Materia medica of Madras volume I
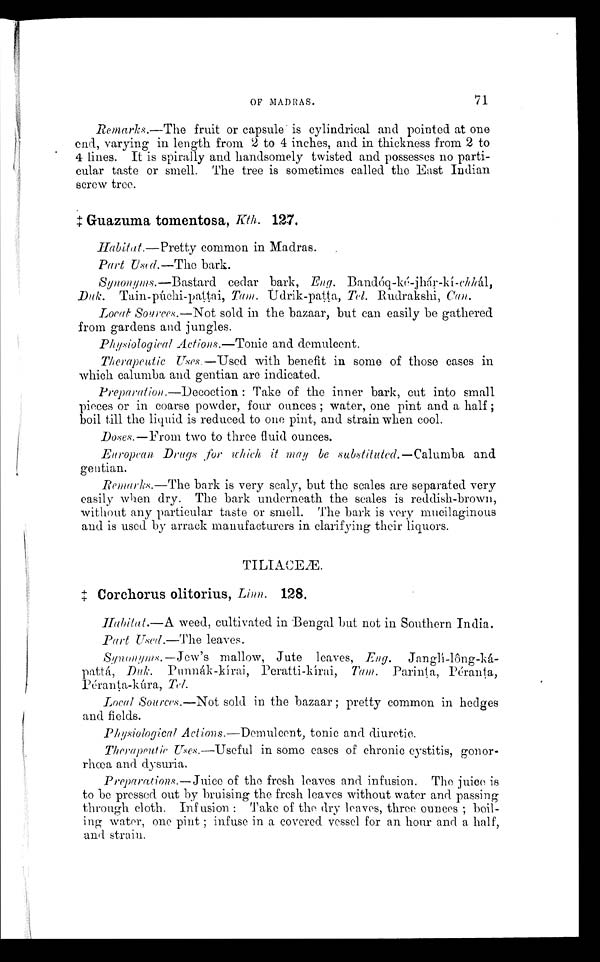
OF MADRAS.
71
Remarks.—The fruit or capsule is cylindrical and pointed at one
end, varying in length from 2 to 4 inches, and. in thickness from 2 to
4 lines. It is spirally and handsomely twisted and possesses no parti-
cular taste or smell. The tree is sometimes called the East Indian
screw tree.
‡Guazuma toinentosa, Kth. 12.7,
Habitat.—Pretty common in Madras.
Part Used.—The bark.
Synonyms.—Bastard cedar bark, Eng. Bandóq-ké-jhár-kí-chhál,
Duk. Tain-púchi-pattai, Tam. Udrik-patta, Rudrakshi, Can.
Local. Sources.—Not sold in the bazaar, but can easily be gathered
from gardens and jungles.
Phyiological Actions.—Tonic and demulcent.
Therapeutic Uses.—Used with benefit in some of those cases in
which calumba and gentian are indicated.
Preparatioth—Decoction : Take of the inner bark, cut into small
pieces or in coarse powder, four ounces ; water, one pint and a half ;
boil till the liquid is reduced to one pint, and strain when cool.
Doses.—From two to three fluid ounces.
European Drugs for which it may be substituted.—Calumba and
gentian.
Remarks,—The bark is very scaly, but the scales are separated very
easily when dry. The bark underneath the scales is reddish-brown,
without any particular taste or smell. The bark is very mucilaginous
and is used by arrack manufacturers in clarifying their liquors.
T I L I A C E Æ .
Corchorus olitorius, Linn. 128.
Habitat.—A weed, cultivated in Bengal but not in Southern India.
Part Used.—The leaves.
Sypnonyms.—Jew's mallow, Jute leaves, Eng. Janglí-lông-ká-
pattá, Duk. P u n n á k - k í r a i , P e r a t t i - k í r a , Ta m. P a r i n t a , P é r a n t a ,
Péranta-Kúra, Tel.
Local Sources.—Not sold in the bazaar ; pretty common in hedges
and fields.
Actions.—Demulcent, tonic and diuretic.
Therapeutic Uses.—Useful in some cases of chronic cystitis,
goner-rhœa and dysuria.
Preparations.—Juice of the fresh leaves and infusion. The juice is
to be pressed out by bruising the fresh leaves without water and passing
through cloth. Infusion : Take of the dry leaves, three ounces ;
water, one pint ; infuse in a covered vessel for an hour and a half,
and strain.